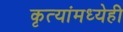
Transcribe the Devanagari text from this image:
कृत्यांमध्येही